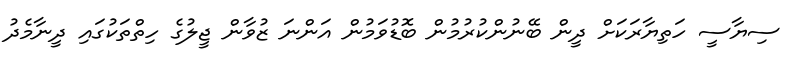
ސިޔާސީ ހަތިޔާރަކަށް ދީން ބޭނުންކުރުމުން ބޮޑުވަމުން އަންނަ ޒުވާން ޖީލުގެ ހިތްތަކުގައި ދީނާމެދު